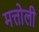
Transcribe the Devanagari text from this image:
मत्तोली